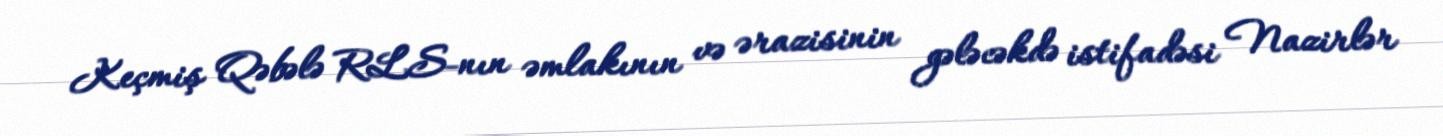
Keçmiş Qəbələ RLS-nın əmlakının və ərazisinin gələcəkdə istifadəsi Nazirlər